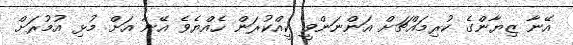
އޭނާ ޒިޔާންގެ ކުރިމައްޗަށް އަންނަންވީ ކީއްކުރަން ހެއްޔެވެ އޭނާ އަށް މުޅި އުމުރަށް